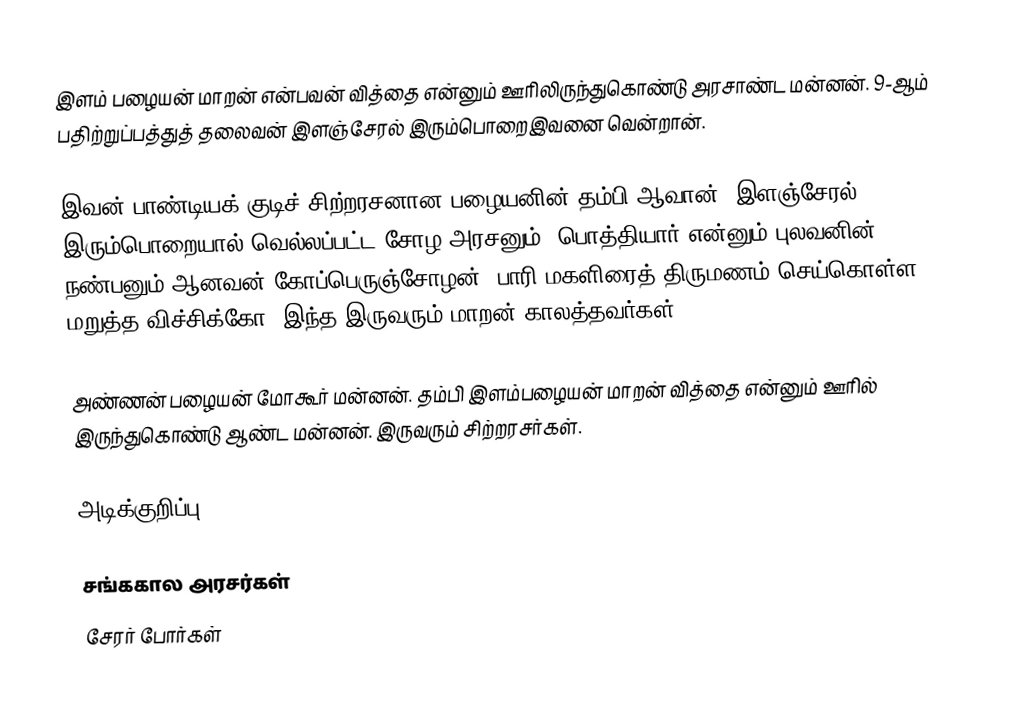
இளம் பழையன் மாறன் என்பவன் வித்தை என்னும் ஊரிலிருந்துகொண்டு அரசாண்ட மன்னன். 9-ஆம் பதிற்றுப்பத்துத் தலைவன் இளஞ்சேரல் இரும்பொறைஇவனை வென்றான்.

இவன் பாண்டியக் குடிச் சிற்றரசனான பழையனின் தம்பி ஆவான். இளஞ்சேரல் இரும்பொறையால் வெல்லப்பட்ட சோழ அரசனும், பொத்தியார் என்னும் புலவனின் நண்பனும் ஆனவன் கோப்பெருஞ்சோழன். பாரி மகளிரைத் திருமணம் செய்கொள்ள மறுத்த விச்சிக்கோ. இந்த இருவரும் மாறன் காலத்தவர்கள்.

அண்ணன் பழையன் மோகூர் மன்னன். தம்பி இளம்பழையன் மாறன் வித்தை என்னும் ஊரில் இருந்துகொண்டு ஆண்ட மன்னன். இருவரும் சிற்றரசர்கள்.

அடிக்குறிப்பு

சங்ககால அரசர்கள்
சேரர் போர்கள்